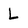
Character: L